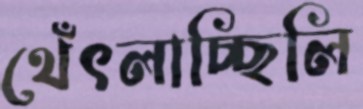
থেঁৎলাচ্ছিলি